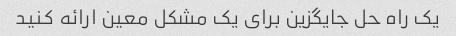
یک راه حل جایگزین برای یک مشکل معین ارائه کنید